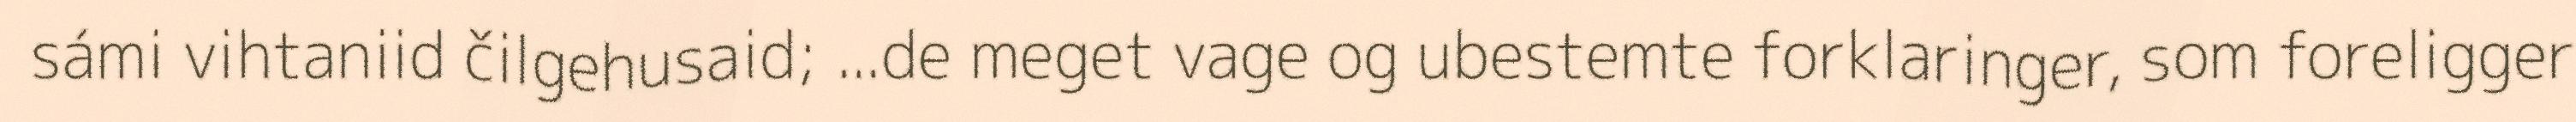
sámi vihtaniid čilgehusaid; ...de meget vage og ubestemte forklaringer, som foreligger